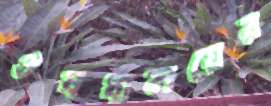
ঔষধালয়ের